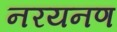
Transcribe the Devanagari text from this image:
नरयनण